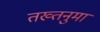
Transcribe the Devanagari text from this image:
तख्तनुमा